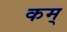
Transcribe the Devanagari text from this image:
कम्‌